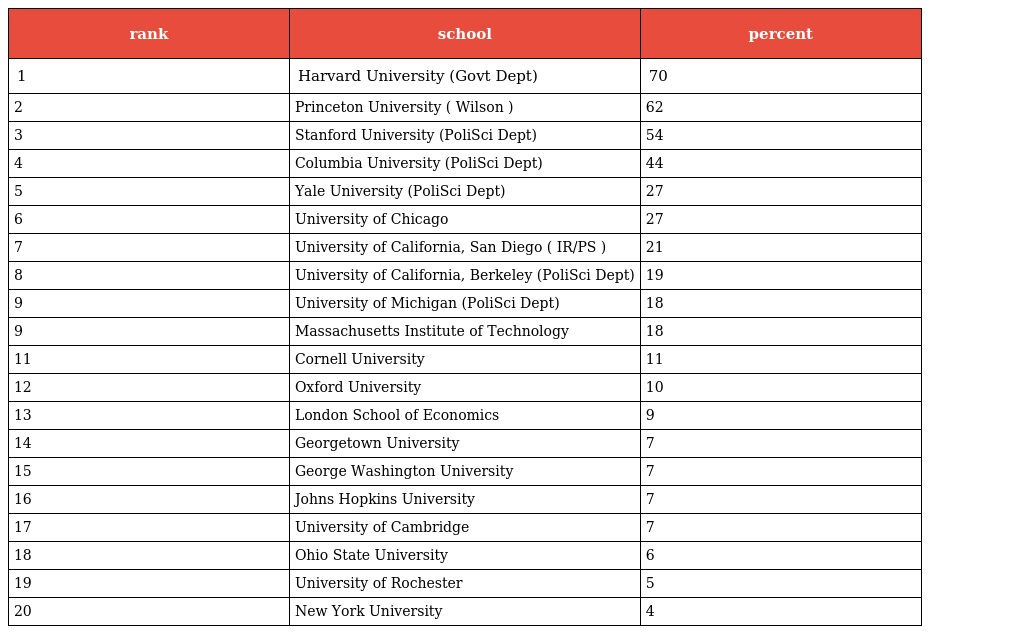
| rank | school | percent |
 | --- | --- | --- |
 | 1 | Harvard University (Govt Dept) | 70 |
 | 2 | Princeton University ( Wilson ) | 62 |
 | 3 | Stanford University (PoliSci Dept) | 54 |
 | 4 | Columbia University (PoliSci Dept) | 44 |
 | 5 | Yale University (PoliSci Dept) | 27 |
 | 6 | University of Chicago | 27 |
 | 7 | University of California, San Diego ( IR/PS ) | 21 |
 | 8 | University of California, Berkeley (PoliSci Dept) | 19 |
 | 9 | University of Michigan (PoliSci Dept) | 18 |
 | 9 | Massachusetts Institute of Technology | 18 |
 | 11 | Cornell University | 11 |
 | 12 | Oxford University | 10 |
 | 13 | London School of Economics | 9 |
 | 14 | Georgetown University | 7 |
 | 15 | George Washington University | 7 |
 | 16 | Johns Hopkins University | 7 |
 | 17 | University of Cambridge | 7 |
 | 18 | Ohio State University | 6 |
 | 19 | University of Rochester | 5 |
 | 20 | New York University | 4 |